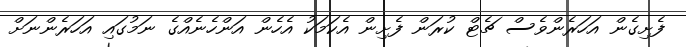
ފެށިގެން އަހަރެންވެސް ޗެޓް ކުރަން ފެށިން އެކަމަކު އެހެން އަންހެނެއްގެ ނަމުގައި އަހަރެންނަށް